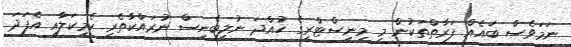
ނަމަވެސް ބައެއް ފަރާތްތަކުން މި މިނިސްޓްރީގެ ހުއްދަ ނުލިބެނީސް ނުރައްކާތެރި ކެމިކަލާއި އެފަދަ